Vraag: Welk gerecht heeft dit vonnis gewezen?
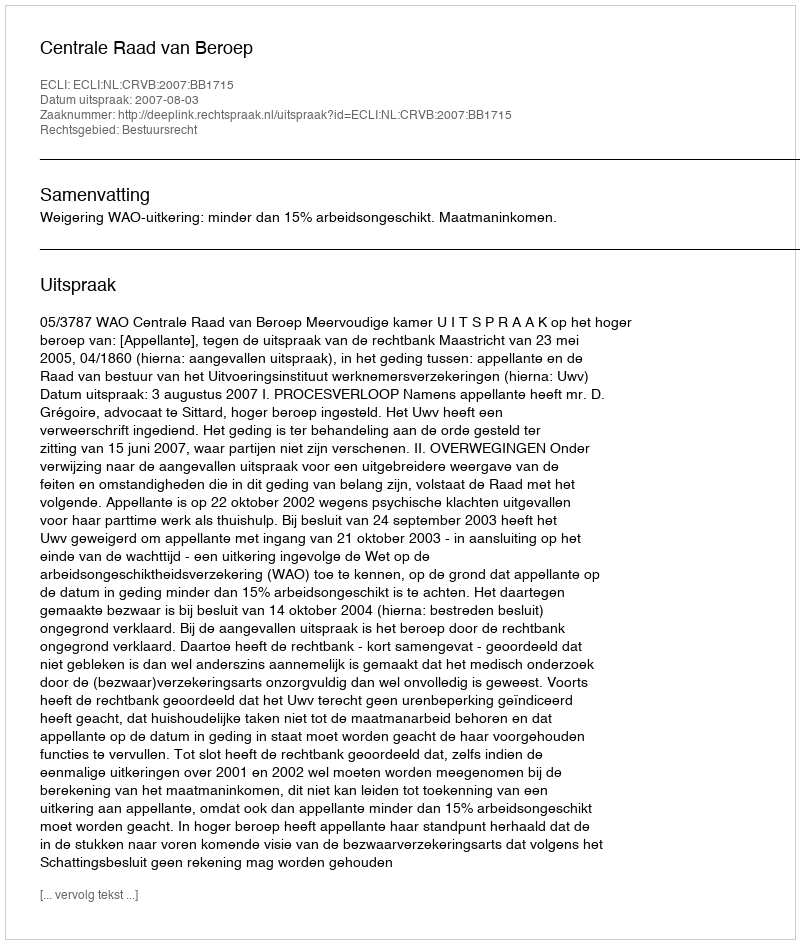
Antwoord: Centrale Raad van Beroep